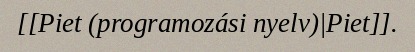
[[Piet (programozási nyelv)|Piet]].